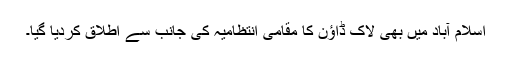
اسلام آباد میں بھی لاک ڈاؤن کا مقامی انتظامیہ کی جانب سے اطلاق کردیا گیا۔